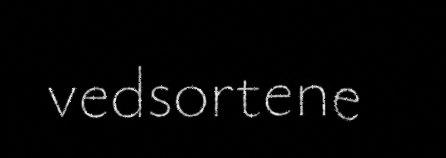
vedsortene